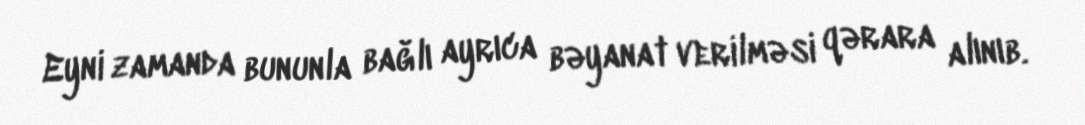
Eyni zamanda bununla bağlı ayrıca bəyanat verilməsi qərara alınıb.